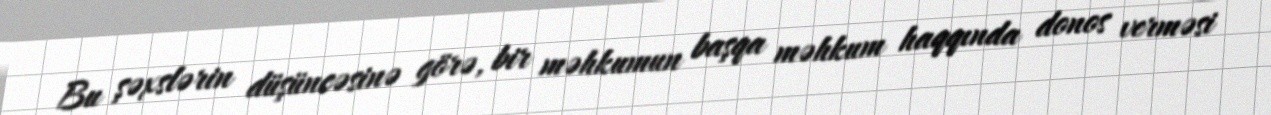
Bu şəxslərin düşüncəsinə görə, bir məhkumun başqa məhkum haqqında donos verməsi